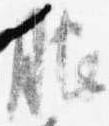
服